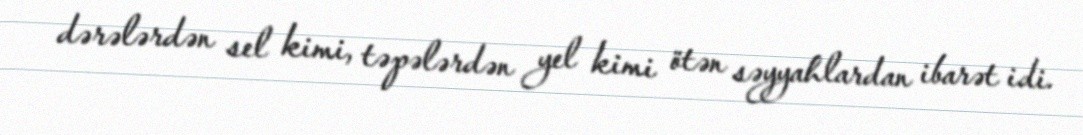
dərələrdən sel kimi, təpələrdən yel kimi ötən səyyahlardan ibarət idi.